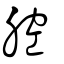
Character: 腔